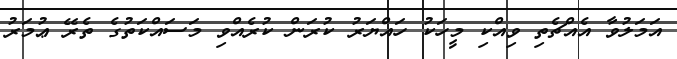
އަމަލުވާ އެއްޗެތި ވިއްކި މީހަކު ހައްޔަރު ކުރަން ކުރެއްވި މަސައްކަތުގެ ތެރޭ ޢުމަރު